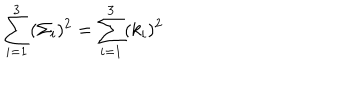
LaTeX: \sum _ { i = 1 } ^ { 3 } ( \Sigma _ { i } ) ^ { 2 } = \sum _ { i = 1 } ^ { 3 } ( k _ { i } ) ^ { 2 }